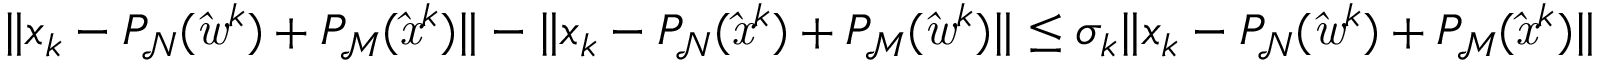
\| x _ { k } - P _ { \mathrm { \mathcal { N } } } ( \mathit { \hat { w } } ^ { k } ) + P _ { \mathrm { \mathcal { M } } } ( \mathit { \hat { x } } ^ { k } ) \| - \| x _ { k } - P _ { \mathrm { \mathcal { N } } } ( \mathit { \hat { x } } ^ { k } ) + P _ { \mathrm { \mathcal { M } } } ( \mathit { \hat { w } } ^ { k } ) \| \leq \sigma _ { k } \| x _ { k } - P _ { \mathrm { \mathcal { N } } } ( \mathit { \hat { w } } ^ { k } ) + P _ { \mathrm { \mathcal { M } } } ( \mathit { \hat { x } } ^ { k } ) \|